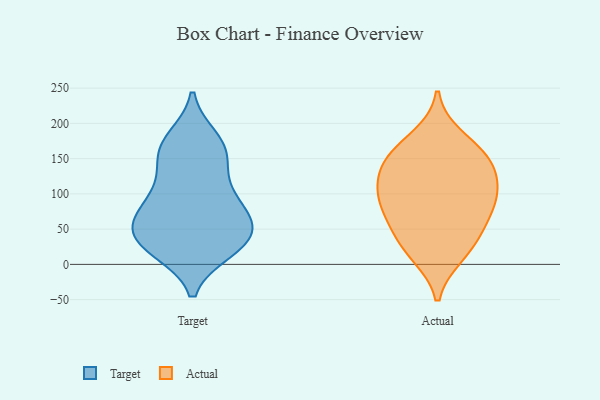
{"axis": {"x": "Shipments", "y": "Value"}, "legend": ["Actual", "Target"], "data": [{"x": "", "y": 57, "type": "Target"}, {"x": "", "y": 154, "type": "Target"}, {"x": "", "y": 88, "type": "Target"}, {"x": "", "y": 49, "type": "Target"}, {"x": "", "y": 113, "type": "Target"}, {"x": "", "y": 66, "type": "Target"}, {"x": "", "y": 20, "type": "Target"}, {"x": "", "y": 78, "type": "Target"}, {"x": "", "y": 25, "type": "Target"}, {"x": "", "y": 97, "type": "Target"}, {"x": "", "y": 178, "type": "Target"}, {"x": "", "y": 56, "type": "Target"}, {"x": "", "y": 166, "type": "Target"}, {"x": "", "y": 27, "type": "Target"}, {"x": "", "y": 23, "type": "Target"}, {"x": "", "y": 171, "type": "Target"}, {"x": "", "y": 142, "type": "Target"}, {"x": "", "y": 40, "type": "Target"}, {"x": "", "y": 156, "type": "Actual"}, {"x": "", "y": 110, "type": "Actual"}, {"x": "", "y": 106, "type": "Actual"}, {"x": "", "y": 180, "type": "Actual"}, {"x": "", "y": 146, "type": "Actual"}, {"x": "", "y": 14, "type": "Actual"}, {"x": "", "y": 89, "type": "Actual"}, {"x": "", "y": 76, "type": "Actual"}, {"x": "", "y": 54, "type": "Actual"}, {"x": "", "y": 151, "type": "Actual"}, {"x": "", "y": 134, "type": "Actual"}, {"x": "", "y": 44, "type": "Actual"}, {"x": "", "y": 20, "type": "Actual"}, {"x": "", "y": 92, "type": "Actual"}]}